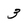
Character: 3